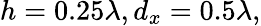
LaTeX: h=0.25\lambda,d_{x}=0.5\lambda,